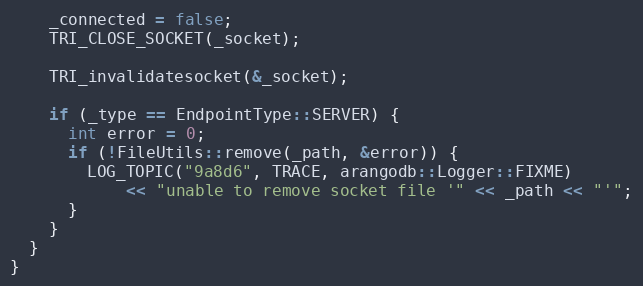
Language: C++
    _connected = false;
    TRI_CLOSE_SOCKET(_socket);

    TRI_invalidatesocket(&_socket);

    if (_type == EndpointType::SERVER) {
      int error = 0;
      if (!FileUtils::remove(_path, &error)) {
        LOG_TOPIC("9a8d6", TRACE, arangodb::Logger::FIXME)
            << "unable to remove socket file '" << _path << "'";
      }
    }
  }
}